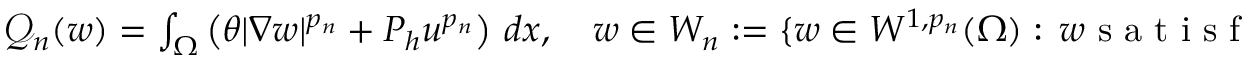
\begin{array} { r } { \mathscr { Q } _ { n } ( w ) = \int _ { \Omega } \left( \theta | \nabla w | ^ { p _ { n } } + P _ { h } u ^ { p _ { n } } \right) \, d x , \quad w \in W _ { n } : = \{ w \in W ^ { 1 , p _ { n } } ( \Omega ) : \, w \mathrm { ~ s ~ a ~ t ~ i ~ s ~ f ~ i ~ e ~ s ~ C ~ o ~ n ~ s ~ t ~ r ~ a ~ i ~ n ~ t ~ ~ ~ } \} , } \end{array}